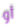
أو